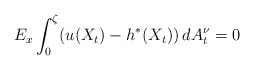
\begin{align*}E_{x}\int_{0}^{\zeta}(u(X_{t})-h^{*}(X_{t}))\,dA_{t}^{\nu}=0\end{align*}